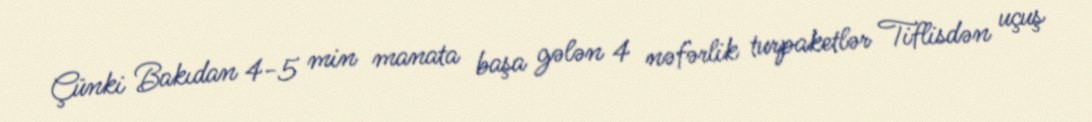
Çünki Bakıdan 4-5 min manata başa gələn 4 nəfərlik turpaketlər Tiflisdən uçuş